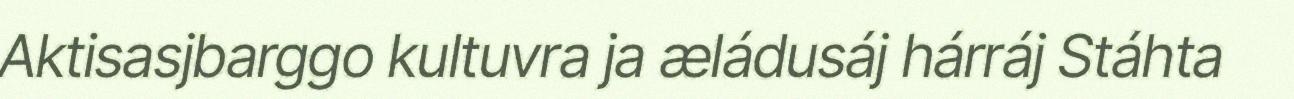
Aktisasjbarggo kultuvra ja æládusáj hárráj Stáhta